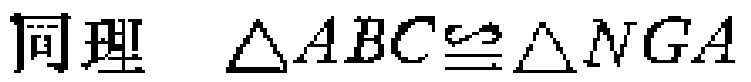
同理 $\triangle ABC\cong\triangle NGA$